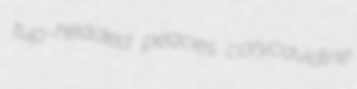
tup-headed peaces corycavidine